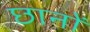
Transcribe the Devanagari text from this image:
छानों